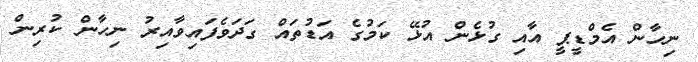
ނިހާން އެމްޑީޕީ އާއި ގުޅެން އުޅޭ ކަމުގެ އަޑުތައް ގަދަވެފައިވާއިރު ނިހާން ކުރިން